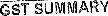
GST SUMMARY